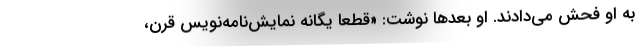
به او فحش می‌دادند. او بعدها نوشت: «قطعاً یگانه نمایش‌نامه‌نویس قرن،